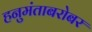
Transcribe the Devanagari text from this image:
हनुमंताबरोबर